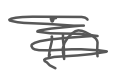
Text: in
Cross-out: scratch
Writing tool: digital_gray